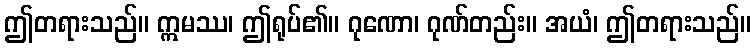
ဤတရားသည်။ ဣမဿ၊ ဤရုပ်၏။ ဂုဏော၊ ဂုဏ်တည်း။ အယံ၊ ဤတရားသည်။